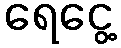
ရေငွေ့